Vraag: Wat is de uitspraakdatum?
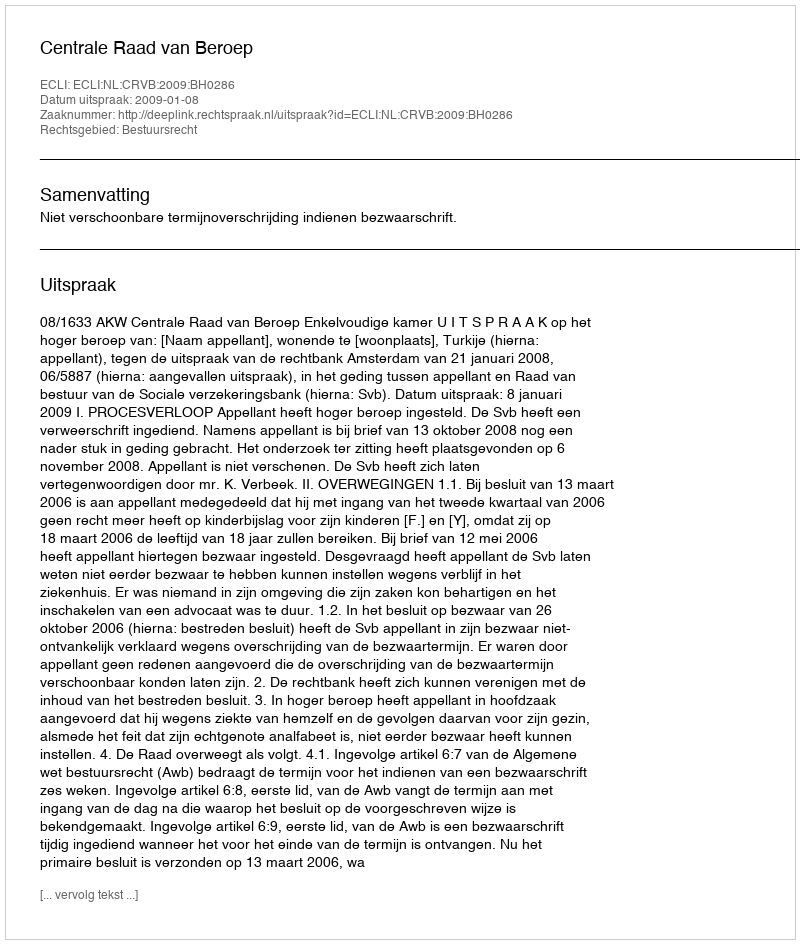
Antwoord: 2009-01-08